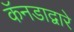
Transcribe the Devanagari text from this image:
कॅनडाद्वारे